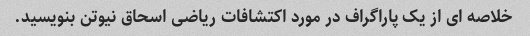
خلاصه ای از یک پاراگراف در مورد اکتشافات ریاضی اسحاق نیوتن بنویسید.